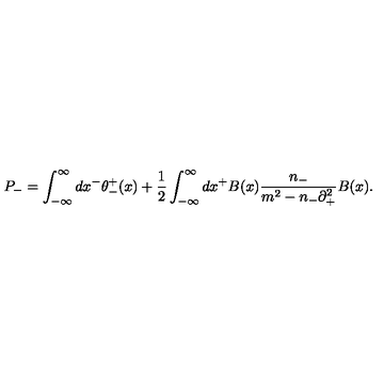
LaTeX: P _ { - } = \int _ { - { \infty } } ^ { \infty } d x ^ { - } { \theta } _ { - } ^ { + } ( x ) + \frac { 1 } { 2 } \int _ { - { \infty } } ^ { \infty } d x ^ { + } B ( x ) \frac { n _ { - } } { m ^ { 2 } - n _ { - } { \partial } _ { + } ^ { 2 } } B ( x ) .